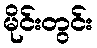
မိုင်းတွင်း